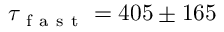
\tau _ { \mathrm { ~ f ~ a ~ s ~ t ~ } } = 4 0 5 \pm 1 6 5